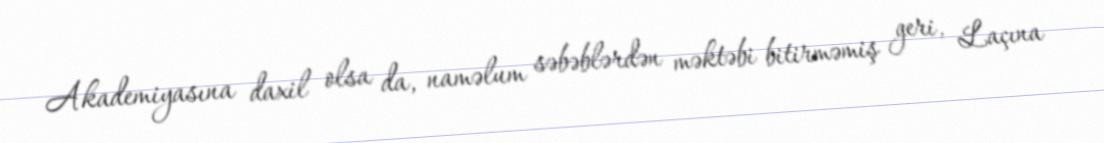
Akademiyasına daxil olsa da, naməlum səbəblərdən məktəbi bitirməmiş geri, Laçına